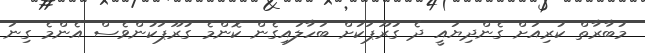
މުބާރާތް ކުރިއަށް ގެންދިޔައީ ދެ ގުރޫޕަކަށް ބަހާލައިގެން ކޮންމެ ގުރޫޕަކުންވެސް އެންމެ ގިނަ